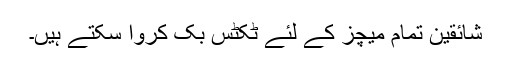
شائقین تمام میچز کے لئے ٹکٹس بک کروا سکتے ہیں۔